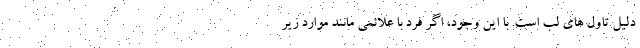
دلیل تاول های لب است. با این وجود، اگر فرد با علائمی مانند موارد زیر